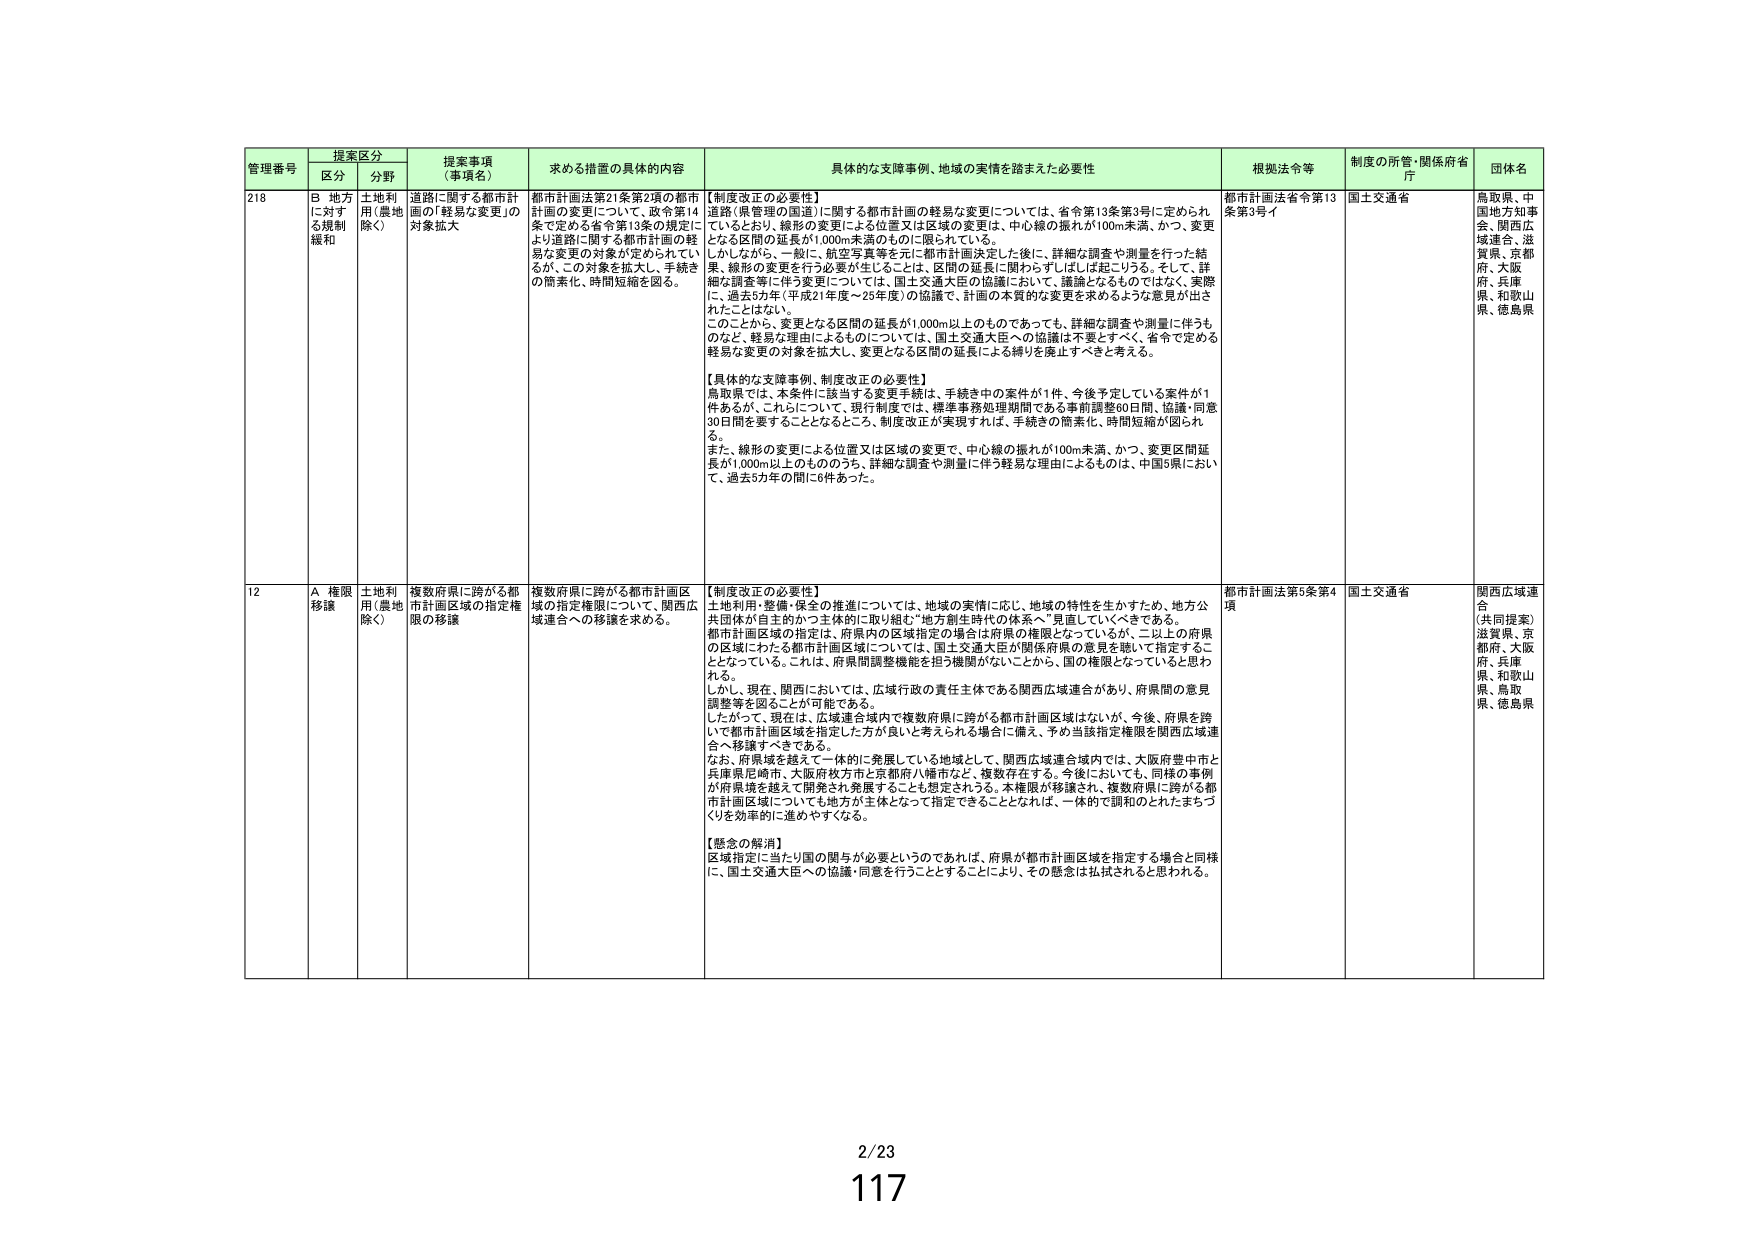
管理番号 提案区分 提案事項（事項名） 求める措置の具体的内容 具体的な支障事例、地域の実情を踏まえた必要性 根拠法令等 制度の所管・関係府省・庁 団体名
区分 分野
218 B 地方に対する規制緩和 土地利用（農地除く） 道路に関する都市計画の「軽易な変更」の対象拡大 都市計画法第21条第2項の都市計画の変更について、政令第14条で定める省令第13条の規定により道路に関する都市計画の軽易な変更の対象が定められているが、この対象を拡大し、手続きの簡素化、時間短縮を図る。 【制度改正の必要性】 道路（県管理の国道）に関する都市計画の軽易な変更については、省令第13条第3号に定められているとおり、線形の変更による位置又は区域の変更は、中心線の振れが100m未満、かつ、変更となる区間の延長が1,000m未満のものに限られている。 しかしながら、一般に、航空写真等を元に都市計画決定した後に、詳細な調査や測量を行った結果、線形の変更を行う必要が生じることは、区間の延長に関わらずしばしば起こりうる。そして、詳細な調査等に伴う変更については、国土交通大臣の協議において、議論となるものではなく、実際に、過去5年（平成21年度～25年度）の協議で、計画の本質的な変更を求めるような意見が出されたことはない。 このことから、変更となる区間の延長が1,000m以上ものであっても、詳細な調査や測量に伴うものなど、軽易な理由によるものについては、国土交通大臣への協議は不要とすべく、省令で定める軽易な変更の対象を拡大し、変更となる区間の延長による縛りを廃止すべきと考える。 【具体的な支障事例、制度改正の必要性】 鳥取県では、本条件に該当する変更手続は、手続き中の案件が1件、今後予定している案件が1件あるが、これらについて、現行制度では、標準事務処理期間である事前調整60日間、協議・同意30日間を要することとなるところ、制度改正が実現すれば、手続きの簡素化、時間短縮が図られる。 また、線形の変更による位置又は区域の変更で、中心線の振れが100m未満、かつ、変更区間延長が1,000m以上もののうち、詳細な調査や測量に伴う軽易な理由によるものは、中国5県において、過去5カ年の間に6件あった。 都市計画法省令第13条第3号イ 国土交通省 鳥取県、中国地方知事会、関西広域連合、滋賀県、京都府、大阪府、兵庫県、和歌山県、徳島県
12 A 権限移譲 土地利用（農地除く） 複数府県に跨がる都市計画区域の指定権限について、関西広域連合への移譲を求める。 複数府県に跨がる都市計画区域の指定権限について、関西広域連合への移譲を求める。 【制度改正の必要性】 土地利用・整備・保全の推進については、地域の実情に応じ、地域の特性を生かすため、地方公共団体が自主的かつ主体的に取り組む“地方創生時代の体系へ”見直していくべきである。 都市計画区域の指定は、府県内の区域指定の場合は府県の権限となっているが、二以上の府県の区域にわたる都市計画区域については、国土交通大臣が関係府県の意見を聴いて指定することとなっている。これは、府県間調整機能を担う機関がないことから、国の権限となっていると思われる。 しかし、現在、関西においては、広域行政の責任主体である関西広域連合があり、府県間の意見調整等を図ることが可能である。 したがって、現在は、広域連合域内で複数府県に跨がる都市計画区域はないが、今後、府県を跨いで都市計画区域を指定した方が良いと考えられる場合に備え、予め当該指定権限を関西広域連合へ移譲すべきである。 なお、府県域を越えて一体的に発展している地域として、関西広域連合域内では、大阪府豊中市と兵庫県尼崎市、大阪府枚方市と京都府八幡市など、複数存在する。今後においても、同様の事例が府県境を越えて開発され発展することも想定される。本権限が移譲され、複数府県に跨がる都市計画区域についても地方が主体となって指定できることとなれば、一体的で調和のとれたまちづくりを効率的に進めやすくなる。 【懸念の解消】 区域指定に当たり国の関与が必要というのであれば、府県が都市計画区域を指定する場合と同様に、国土交通大臣への協議・同意を行うこととすることにより、その懸念は払拭されると思われる。 都市計画法第5条第4項 国土交通省 関西広域連合 （共同提案） 滋賀県、京都府、大阪府、兵庫県、和歌山県、鳥取県、徳島県
2/23
117